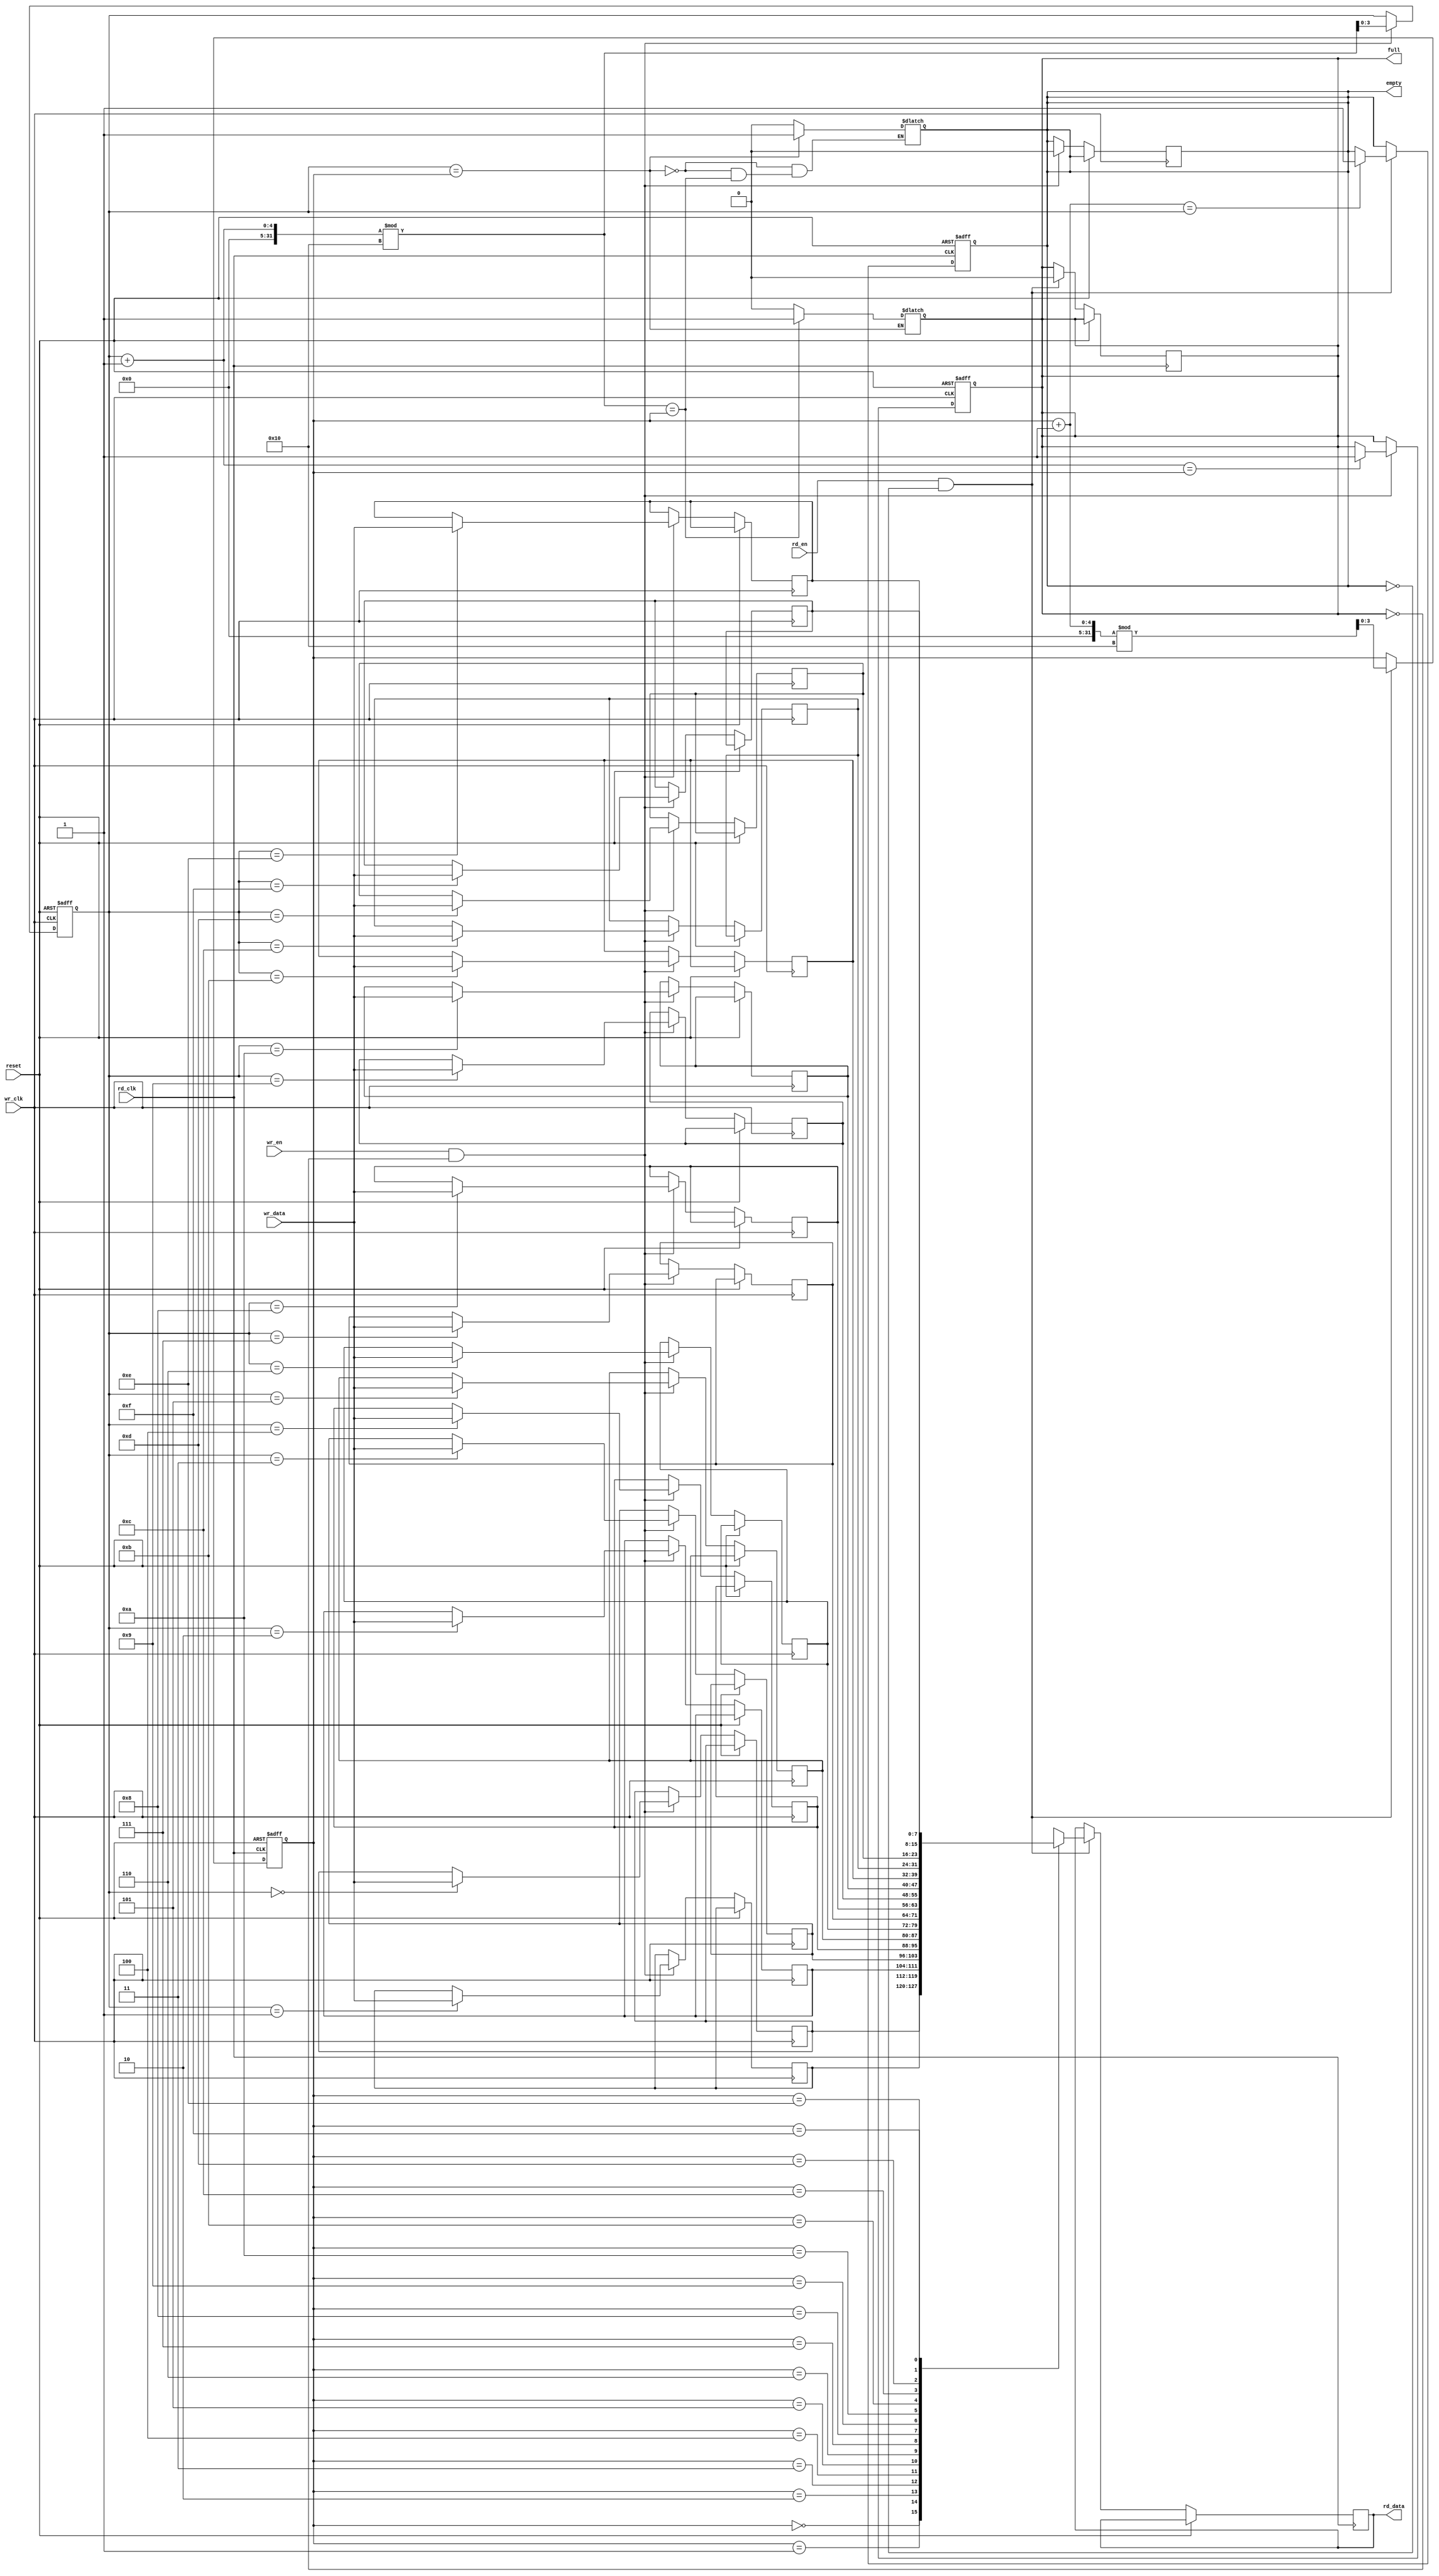
module fifo_sram #(
    parameter DATA_WIDTH = 8,  // Configurable data width (e.g., 8, 16, 32 bits)
    parameter DEPTH = 16        // Configurable depth (number of entries)
)(
    input wire                   wr_clk,    // Write clock
    input wire                   rd_clk,    // Read clock
    input wire                   reset,     // Asynchronous reset
    input wire                   wr_en,     // Write enable
    input wire                   rd_en,     // Read enable
    input wire [DATA_WIDTH-1:0] wr_data,   // Data to write
    output reg [DATA_WIDTH-1:0] rd_data,   // Data to read
    output reg                  full,       // Full flag
    output reg                  empty       // Empty flag
);

    // Memory array (SRAM)
    reg [DATA_WIDTH-1:0] mem [0:DEPTH-1];

    // Write and Read pointers
    reg [$clog2(DEPTH)-1:0] wr_ptr;
    reg [$clog2(DEPTH)-1:0] rd_ptr;

    // Reset logic
    always @(posedge wr_clk or posedge reset) begin
        if (reset) begin
            wr_ptr <= 0;
            full <= 0;
        end else if (wr_en && !full) begin
            mem[wr_ptr] <= wr_data;  // Write data to memory
            wr_ptr <= (wr_ptr + 1) % DEPTH; // Increment write pointer
            if (wr_ptr + 1 == rd_ptr) begin
                full <= 1;  // Set full flag if next write would overwrite
            end
            empty <= 0; // Clear empty flag
        end
    end

    always @(posedge rd_clk or posedge reset) begin
        if (reset) begin
            rd_ptr <= 0;
            empty <= 1;
        end else if (rd_en && !empty) begin
            rd_data <= mem[rd_ptr];  // Read data from memory
            rd_ptr <= (rd_ptr + 1) % DEPTH; // Increment read pointer
            if (rd_ptr + 1 == wr_ptr) begin
                empty <= 1;  // Set empty flag if next read would go beyond valid data
            end
            full <= 0; // Clear full flag
        end
    end

    // Update full and empty flags
    always @* begin
        if (wr_ptr == rd_ptr) begin
            empty = 1;  // FIFO is empty
        end else if ((wr_ptr + 1) % DEPTH == rd_ptr) begin
            full = 1;   // FIFO is full
        end else begin
            empty = 0;
            full = 0;
        end
    end

endmodule